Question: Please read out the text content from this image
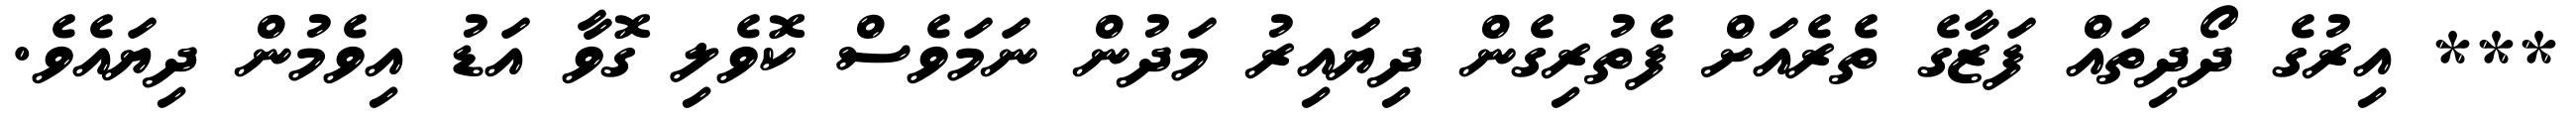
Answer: *** އިރުގެ ދޯދިތައް ފަޒާގެ ތެރެއަށް ފެތުރިގެން ދިޔައިރު މަދުން ނަމަވެސް ކޮވެލި ގޮވާ އަޑު އިވެމުން ދިޔައެވެ.